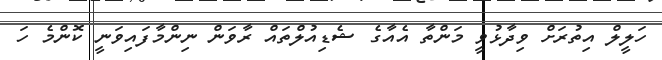
ހަލީލް އިތުރަށް ވިދާޅުވީ މަންތާ އެއާގެ ޝެޑިއުލްތައް ރާވަން ނިންމާފައިވަނީ ކޮންމެ ހަ